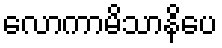
လောကာမိသာနိပေ